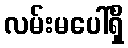
လမ်းမပေါ်ရှိ